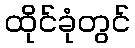
ထိုင်ခုံတွင်